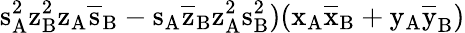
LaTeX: \mathrm{s_{A}^{2}\mathrm{z_{B}^{2}\mathrm{z_{A}\mathrm{\overline{{s}}_{B}-\mathrm{s_{A}\mathrm{\overline{{z}}_{B}\mathrm{z_{A}^{2}\mathrm{s_{B}^{2})(\mathrm{x_{A}\mathrm{\overline{{x}}_{B}+\mathrm{y_{A}\mathrm{\overline{{y}}_{B})}}}}}}}}}}}}